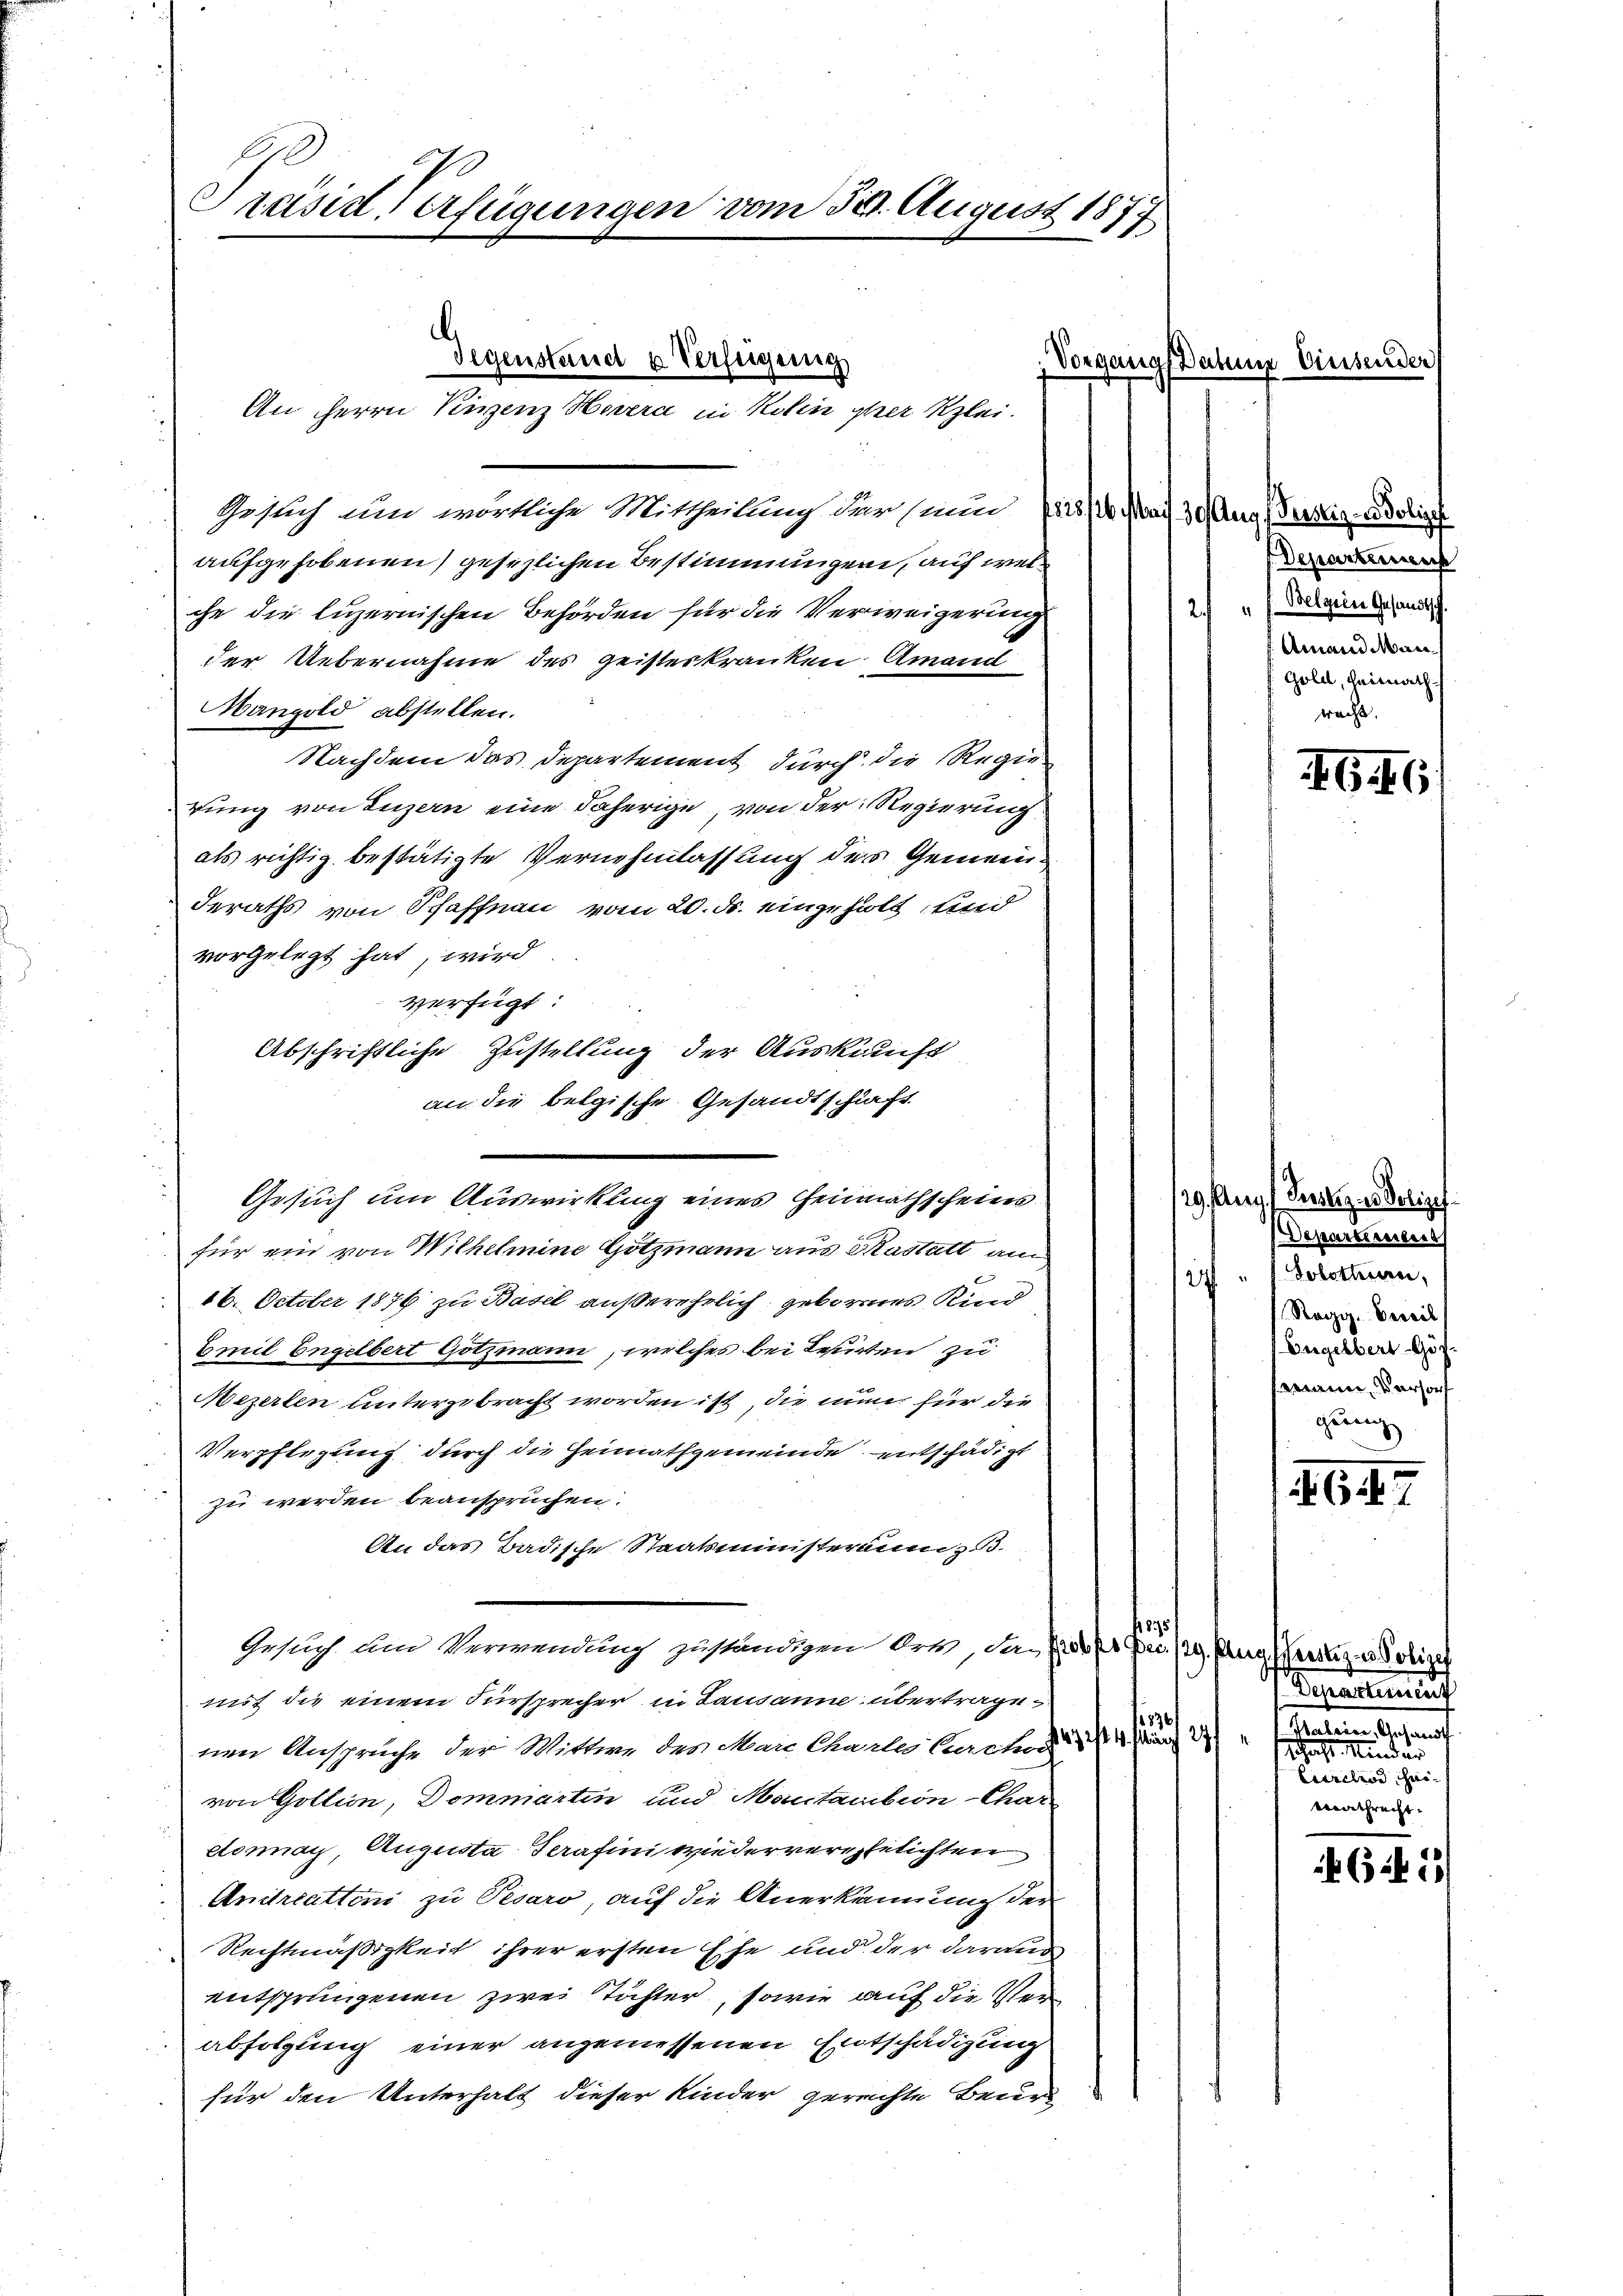
F
Sesd Verfügungen vom 30. August 1877

Gesuch um wörtliche Mittheilung der nun pris s. ad 30 Aug. Verzig Adolipf
aufgehobenen gesezlichen Bestimmungen, auf welche die luzernischen Behörden für die Verweigerung
der Uebernahme des geisteskranken Amand
Mangold abstellen.
Nachdem das Departement durch die Regie
gung von Luzern eine daherige, von der Regierung
als richtig bestätigte Vernehmlassung des Gemeinderaths von Schaffnau vom 20. ds. eingeholt, und
vorgelegt hat, wird
verfügt:
Abschriftliche Zustellung der Auskauft
an die belgische Gesandtschift
für ein von Wilhelmine Götzmann aus Kastatt am
16. October 1876 zu Basel außerehelich geborenes Kind
Emil Engelbert Gotzmann, welches bei Tessirten zu
Mezerten untergebracht worden ist, die miner für die
Verpflegung durch die Heimathgemeinde entschädigt
zu werden beansprüchen.
An das Badische Staatsministeranz. B.
1875
Gesuch und Verwendung zuständigen Ort, das Prof. Dec. 129. Aug. Merz u. Polizei
mit die einem Fürsprecher in Lausanne übertrageer
nen Anspruche der Wittwe des Marc Charlis Curch
von Goltion, Dommartin und Mantaction-Char
donay, Augusta Serafini wiederverehelichten
Anitreattini zu Pesaro, auf die Anerkennung der
Rechtmäßigkeit ihrer ersten Ehe und der daraus
entsprungenen zwei Töchter, sowie auf die Verabfolgung einer angemessenen Entschädigung
für den Unterhalt dieser Kinder gerechte Beur

Gegenstand u Verfügung

An Herrn Vinzenz Hovera in Kolin ihrer Klei¬

Gesuch um Auswirkung eines Heimathscheins

Vorgangs Rahme Einsender

Departenus
Belgein Gesandtsch
.
Amand Man
Gold, Heimathwacht.

G.

Aug. Seelig u. Polize
Departiseiters
" 1. Solothurn,
Regg. Beeil
Engelbers Gös
main verson
giung

1647

Departinicat
Salementarauf
27
schaft in der
Eiskelrod, heimathrecht.

6 f 1